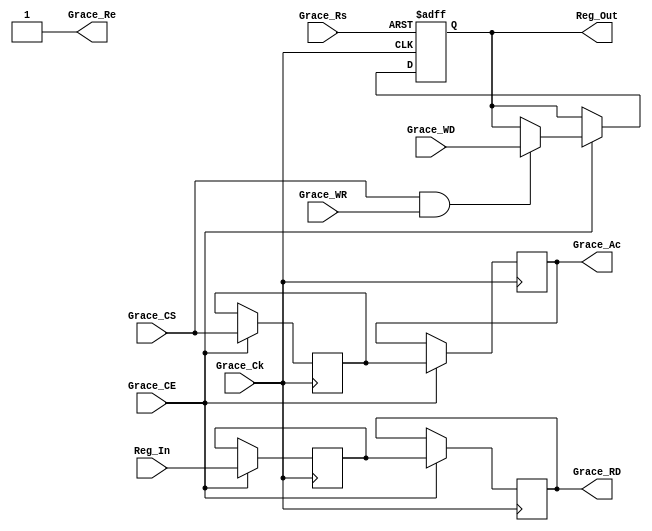
module Grace_rw #(parameter  DW = 32,RW = 32,RI = 'h00000000,WW = 1,OR = 1) 
      (
       input              Grace_Rs , 
       input              Grace_Ck , 
	   input              Grace_CE ,
       input              Grace_CS , 
       input  [WW-1:0]    Grace_WR , 
       output             Grace_Ac , 
       output             Grace_Re , 
       input  [DW-1:0]    Grace_WD , 
       output [DW-1:0]    Grace_RD , 
       ////Ĵӿ
       output [RW-1:0]    Reg_Out  , 
       input  [RW-1:0]    Reg_In    
      );

assign Grace_Re = 1;

//////////////////////////////////////////д///////////////////////////////////
reg  [DW-1:0] Reg_Out_R = 0;

genvar gv;
generate
begin
  for(gv=0;gv<WW;gv=gv+1)
  begin:GV_WW
    always@(posedge(Grace_Rs),posedge(Grace_Ck))
    begin
      if(Grace_Rs)
        Reg_Out_R[(gv+1)*DW/WW-1:gv*DW/WW] <= RI[(gv+1)*DW/WW-1:gv*DW/WW];
      else if(Grace_CE)
      begin
        if(Grace_CS == 1 && Grace_WR[gv] == 1 )
          Reg_Out_R[(gv+1)*DW/WW-1:gv*DW/WW] <= Grace_WD[(gv+1)*DW/WW-1:gv*DW/WW];
      end
    end
  end
end  
endgenerate
assign  Reg_Out = Reg_Out_R[RW-1:0];

/////////////////////////////////////////////////////////////////////////////
reg  [DW-1:0] Grace_RD_Temp0=0;
reg  [DW-1:0] Grace_RD_Temp1=0;

generate
begin
  if(OR == 1)
  begin
    always@(posedge(Grace_Ck))
	begin
	  if(Grace_CE)
	  begin
        Grace_RD_Temp0 <= Reg_In        ;
	    Grace_RD_Temp1 <= Grace_RD_Temp0;
      end
    end	  
  end
  else
  begin
    always@(*)
	begin
      Grace_RD_Temp0 <= Reg_In        ;
	  Grace_RD_Temp1 <= Grace_RD_Temp0;
    end  
  end
end  
endgenerate
assign  Grace_RD = Grace_RD_Temp1;
//////////////////////////////////////////ACK///////////////////////////////////
reg  Grace_Ac_R0;
reg  Grace_Ac_R1;
generate
begin
  if(OR == 1)
  begin
    always @(posedge(Grace_Ck))
    begin
	  if(Grace_CE)
	  begin
        Grace_Ac_R0 <= Grace_CS   ;
        Grace_Ac_R1 <= Grace_Ac_R0;
	  end 
    end
  end
  else
  begin
    always @(*)
    begin
      Grace_Ac_R0 <= Grace_CS   ;
      Grace_Ac_R1 <= Grace_Ac_R0;
    end
  end  
end
endgenerate
assign  Grace_Ac = Grace_Ac_R1;
     
      
endmodule